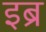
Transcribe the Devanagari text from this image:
इब्र